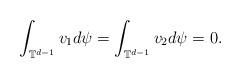
LaTeX: \begin{align*} \int_{\mathbb{T}^{d-1}}v_1d\psi=\int_{\mathbb{T}^{d-1}}v_2d\psi=0.\end{align*}